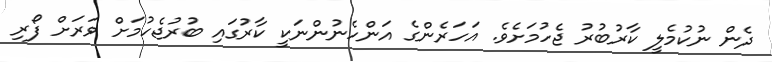
ދެން ނުކުމެލީ ކާރުބުރު ޖެހުމަށެވެ. އަހަރެންގެ އަންހެނުންނަކީ ކާރުގައި ބުރުޖެހުމަށް ވަރަށް ފޯރި